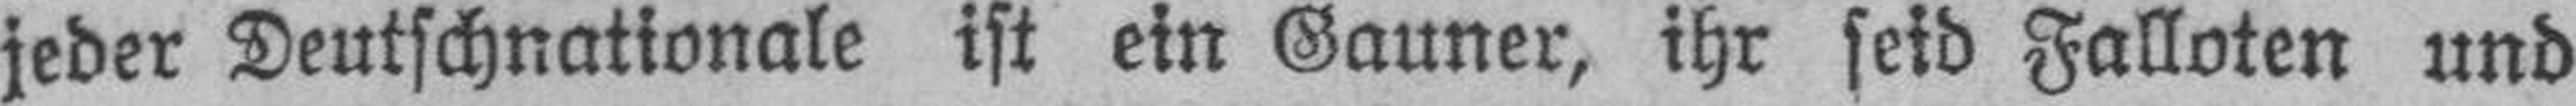
jeder Deutschnationale ist ein Gauner, ihr seid Falloten und